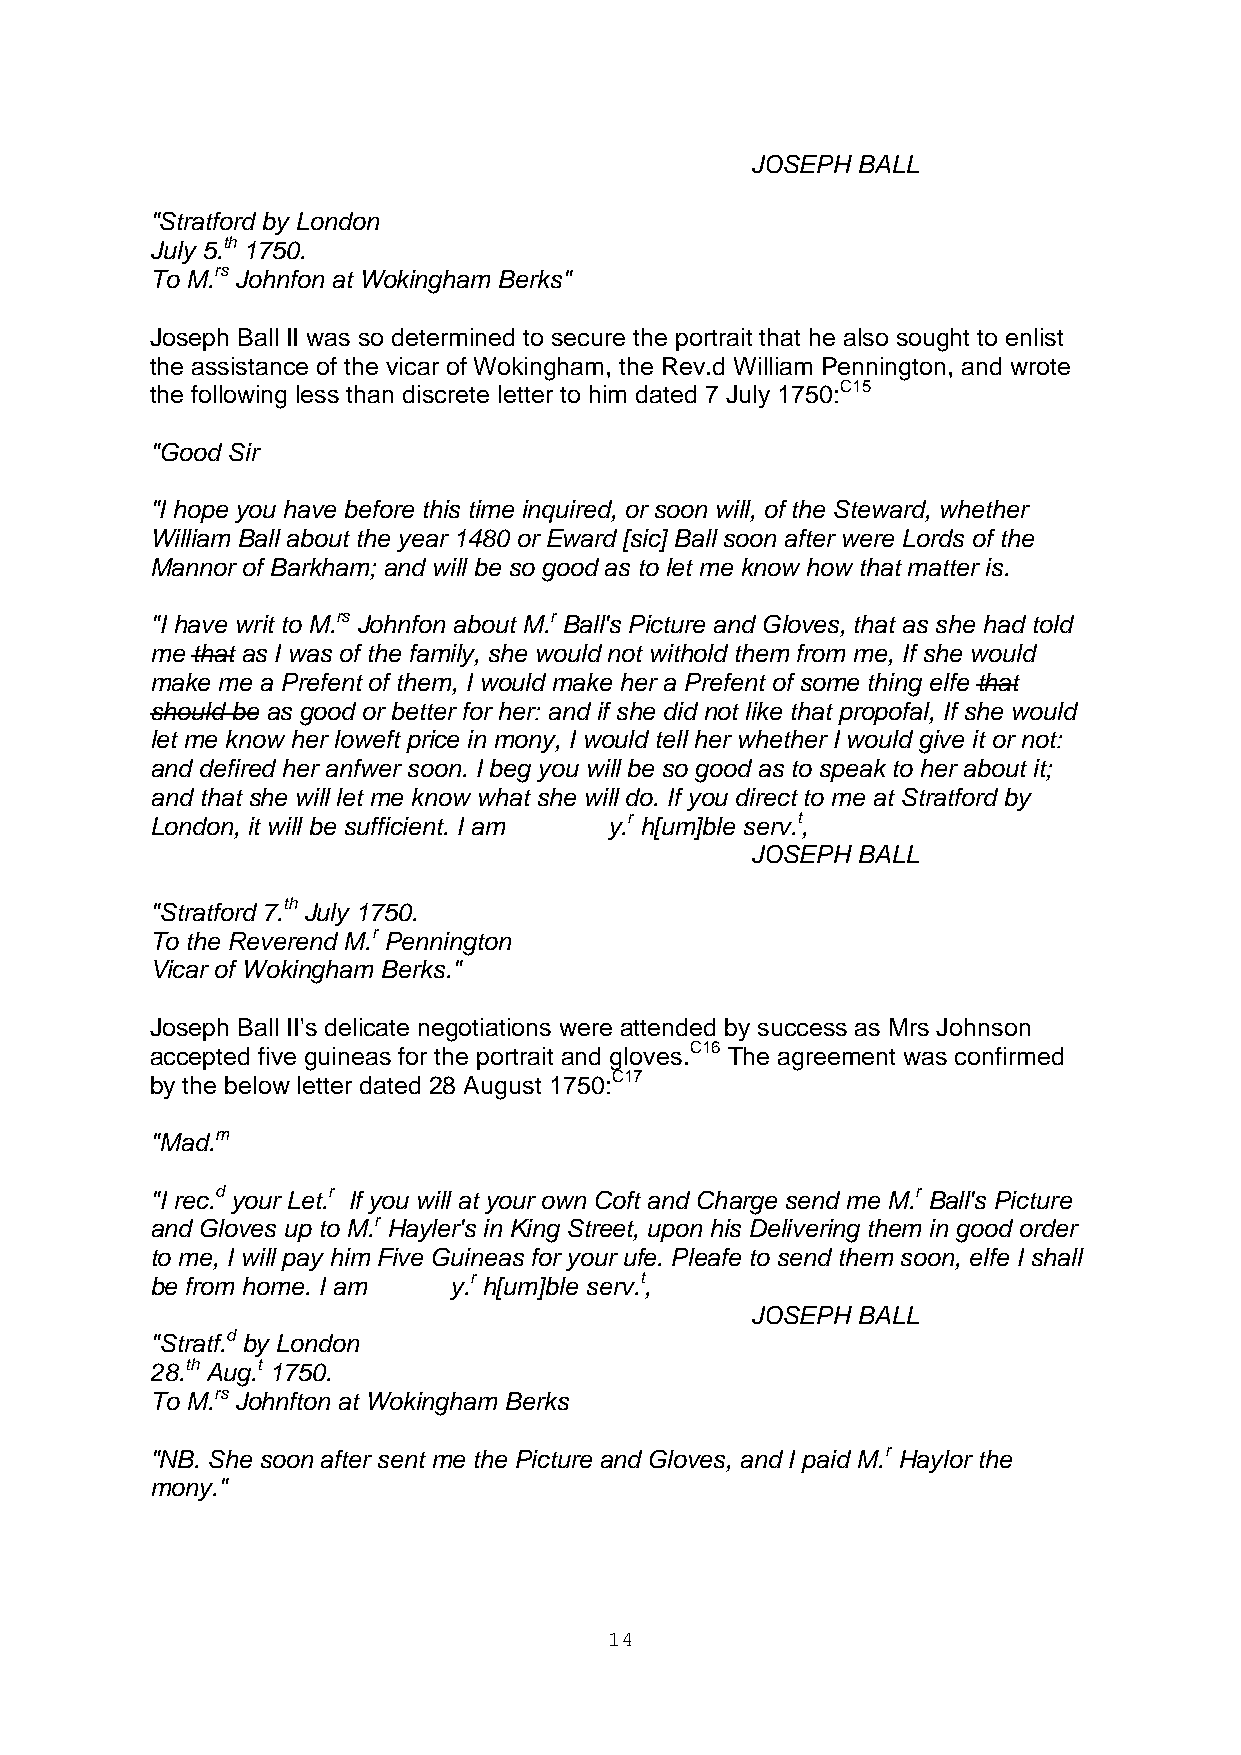
JOSEPH BALL
 "Stratford by London
 July 5.th 1750.
 To M.rs Johnfon at Wokingham Berks"
 Joseph Ball II was so determined to secure the portrait that he also sought to enlist
 the assistance of the vicar of Wokingham, the Rev.d William Pennington, and wrote
 the following less than discrete letter to him dated 7 July 1750:C15
 "Good Sir
 "I hope you have before this time inquired, or soon will, of the Steward, whether
 William Ball about the year 1480 or Eward [sic] Ball soon after were Lords of the
 Mannor of Barkham; and will be so good as to let me know how that matter is.
 "I have writ to M.rs Johnfon about M.r Ball's Picture and Gloves, that as she had told
 me that as I was of the family, she would not withold them from me, If she would
 make me a Prefent of them, I would make her a Prefent of some thing elfe that
 should be as good or better for her: and if she did not like that propofal, If she would
 let me know her loweft price in mony, I would tell her whether I would give it or not:
 and defired her anfwer soon. I beg you will be so good as to speak to her about it;
 and that she will let me know what she will do. If you direct to me at Stratford by
 London, it will be sufficient. I am y.r h[um]ble serv.t,
 JOSEPH BALL
 "Stratford 7.th July 1750.
 To the Reverend M.r Pennington
 Vicar of Wokingham Berks."
 Joseph Ball II's delicate negotiations were attended by success as Mrs Johnson
 accepted five guineas for the portrait and gloves.C16 The agreement was confirmed
 by the below letter dated 28 August 1750:C17
 "Mad.m
 "I rec.d your Let.r If you will at your own Coft and Charge send me M.r Ball's Picture
 and Gloves up to M.r Hayler's in King Street, upon his Delivering them in good order
 to me, I will pay him Five Guineas for your ufe. Pleafe to send them soon, elfe I shall
 be from home. I am  y.r h[um]ble serv.t,
 JOSEPH BALL
 "Stratf.d by London
 28.th Aug.t 1750.
 To M.rs Johnfton at Wokingham Berks
 "NB. She soon after sent me the Picture and Gloves, and I paid M.r Haylor the
 mony."
 14